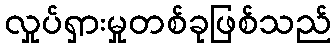
လှုပ်ရှားမှုတစ်ခုဖြစ်သည်